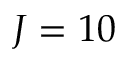
J = 1 0